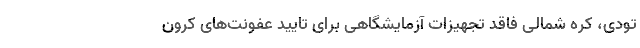
تودی، کره شمالی فاقد تجهیزات آزمایشگاهی برای تایید عفونت‌های کرون